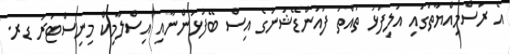
އެ ރަސްމިއްޔާތުގައި އަލިފުޅު ތުއްތު ފައުންޑޭޝަނުގެ އިސް ބޭފުޅުންނާއި އިސްލާމިކް މިނިސްޓަރު ޑރ.